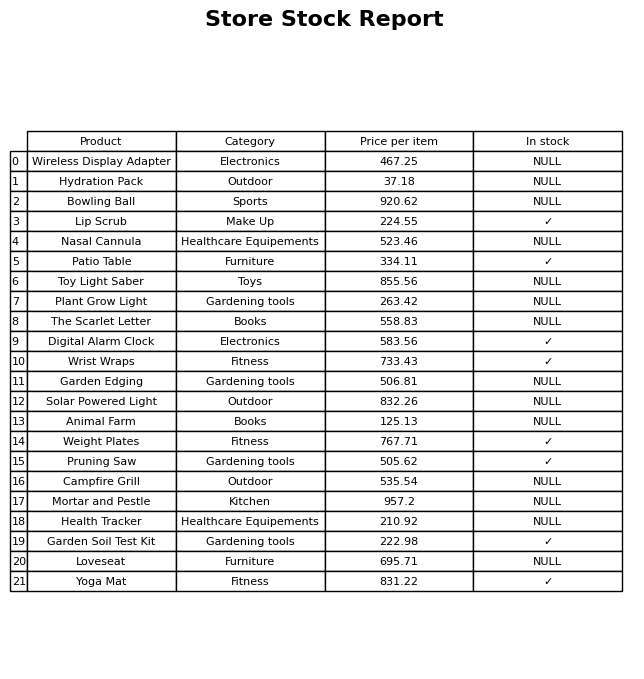
question: What is the price for Wireless Display Adapter?
answer: The price of Wireless Display Adapter is 467.25.